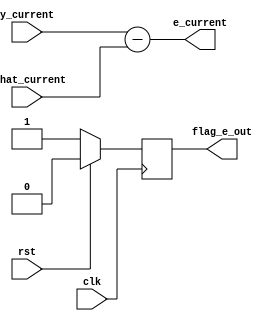
module CALC_ERR (
    input wire clk,
    input wire rst,
    input wire signed [7:0] y_current,
    input wire signed [7:0] y_hat_current,


    output wire signed [7:0] e_current,
    output reg flag_e_out
);

assign e_current = y_current - y_hat_current;

always @(posedge clk ) begin
    if(rst)
        flag_e_out <=0;
    else
        flag_e_out <=1;
end

    
endmodule